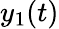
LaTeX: y_{1}(t)